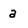
Character: a